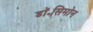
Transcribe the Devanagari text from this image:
डॉ॰सिमोन